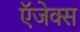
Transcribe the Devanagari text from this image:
ऍजेक्स